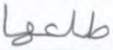
طلعها